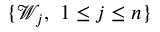
\{ \mathcal { W } _ { j } , \ 1 \leq j \leq n \}